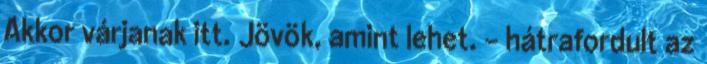
Akkor várjanak itt. Jövök, amint lehet. - hátrafordult az